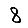
Digit: 8